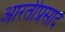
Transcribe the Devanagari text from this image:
आरतीप्रसाद